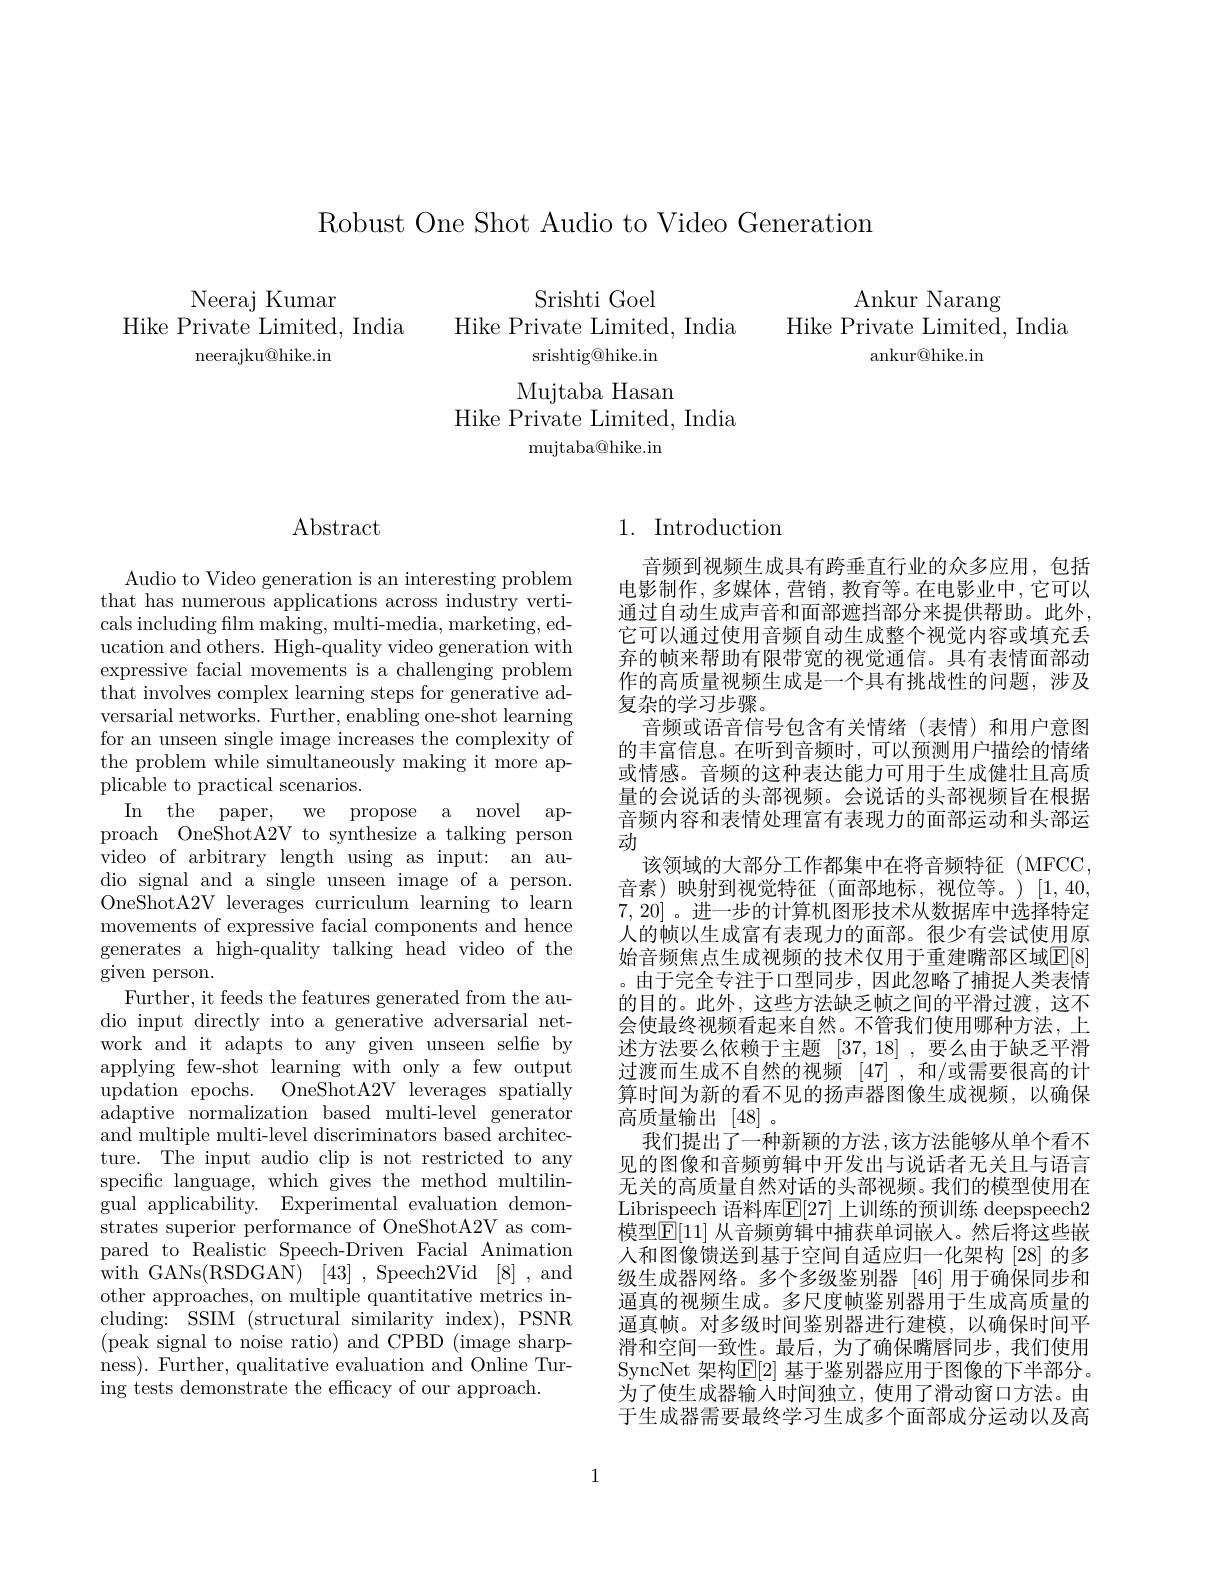
Robust One Shot Audio to Video Generation

Ankur Narang
Hike Private Limited, India
ankur@hike.in

Neeraj Kumar
Hike Private Limited, India
neerajku@hike.in

Srishti Goel
Hike Private Limited, India
srishtig@hike.in Mujtaba Hasan
Hike Private Limited, India
${\mathrm{mujtaba@hike.in}}$

## $\operatorname{Abstract}$

Audio to Video generation is an interesting problem that has numerous applications across industry verticals including film making, multi-media, marketing, education and others. High-quality video generation with expressive facial movements is a challenging problem that involves complex learning steps for generative adversarial networks. Further, enabling one-shot learning for an unseen single image increases the complexity of the problem while simultaneously making it more applicable to practical scenarios.
In the paper, we propose a novel approach OneShotA2V to synthesize a talking person video of arbitrary length using as input: an audio signal and a single unseen image of a person. OneShotA2V leverages curriculum learning to learn movements of expressive facial components and hence generates a high-quality talking head video of the given person.
Further, it feeds the features generated from the audio input directly into a generative adversarial network and it adapts to any given unseen selfie by applying few-shot learning with only a few output updation epochs. OneShotA2V leverages spatially adaptive normalization based multi-level generator and multiple multi-level discriminators based architecture. The input audio clip is not restricted to any specific language, which gives the method multilin- $\bar{\text{gual applicability.}}$Experimental evaluation demonstrates superior performance of OneShotA2V as compared to Realistic Speech-Driven Facial Animation with GANs(RSDGAN) [43] , Speech2Vid [8] , and other approaches, on multiple quantitative metrics including: SSIM (structural similarity index), PSNR (peak signal to noise ratio) and CPBD (image sharpness). Further, qualitative evaluation and Online Turing tests demonstrate the effcacy of our approach.

## 1. Introduction

音频到视频生成具有跨垂直行业的众多应用，包括电影制作，多媒体，营销，教育等。在电影业中，它可以通过自动生成声音和面部遮挡部分来提供帮助。此外， 它可以通过使用音频自动生成整个视觉内容或填充丢弃的帧来帮助有限带宽的视觉通信。具有表情面部动作的高质量视频生成是一个具有挑战性的问题，涉及复杂的学习步骤。
音频或语音信号包含有关情绪(表情)和用户意图的丰富信息。在听到音频时，可以预测用户描绘的情绪或情感。音频的这种表达能力可用于生成健壮且高质量的会说话的头部视频。会说话的头部视频旨在根据音频内容和表情处理富有表现力的面部运动和头部运动
该领域的大部分工作都集中在将音频特征 (MFCC, 音素)映射到视觉特征(面部地标，视位等。)[1,40, 7,20]。进一步的计算机图形技术从数据库中选择特定人的帧以生成富有表现力的面部。很少有尝试使用原始音频焦点生成视频的技术仅用于重建嘴部区域$\mathbb{E}[8]$ 。由于完全专注于口型同步，因此忽略了捕捉人类表情的目的。此外，这些方法缺乏帧之间的平滑过渡，这不会使最终视频看起来自然。不管我们使用哪种方法，上述方法要么依赖于主题[37,18] ,要么由于缺乏平滑过渡而生成不自然的视频 [47] ,和/或需要很高的计算时间为新的看不见的扬声器图像生成视频，以确保高质量输出[48] 。
我们提出了一种新颖的方法，该方法能够从单个看不见的图像和音频剪辑中开发出与说话者无关且与语言无关的高质量自然对话的头部视频。我们的模型使用在Librispeech 语料库$\mathbb{E}[27]$ 上训练的预训练 deepspeech2模型$\mathbb{E}[11]$ 从音频剪辑中捕获单词嵌人。然后将这些嵌人和图像馈送到基于空间自适应归一化架构 [28] 的多级生成器网络。多个多级鉴别器[46]用于确保同步和通真的视频生成。多尺度帧鉴别器用于生成高质量的逼真帧。对多级时间鉴别器进行建模，以确保时间平滑和空间一致性。最后，为了确保嘴唇同步，我们使用SyncNet 架构$\mathbb{E}[2]$ 基于鉴别器应用于图像的下半部分。为了使生成器输入时间独立，使用了滑动窗口方法。由于生成器需要最终学习生成多个面部成分运动以及高

1